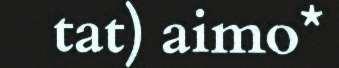
tat) aimo*